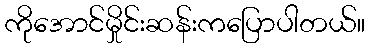
ကိုအောင်မှိုင်းဆန်းကပြောပါတယ်။